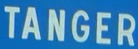
TANGER